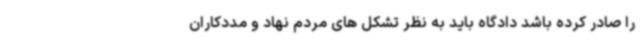
را صادر کرده باشد دادگاه باید به نظر تشکل های مردم نهاد و مددکاران